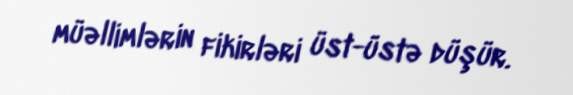
müəllimlərin fikirləri üst-üstə düşür.